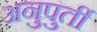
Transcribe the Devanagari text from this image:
अनुपुर्ती